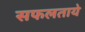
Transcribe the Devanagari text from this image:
सफलताये